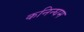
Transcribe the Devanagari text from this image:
कनिन्घम